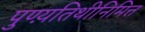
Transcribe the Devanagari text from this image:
पुण्य़तिथीनिमित्त